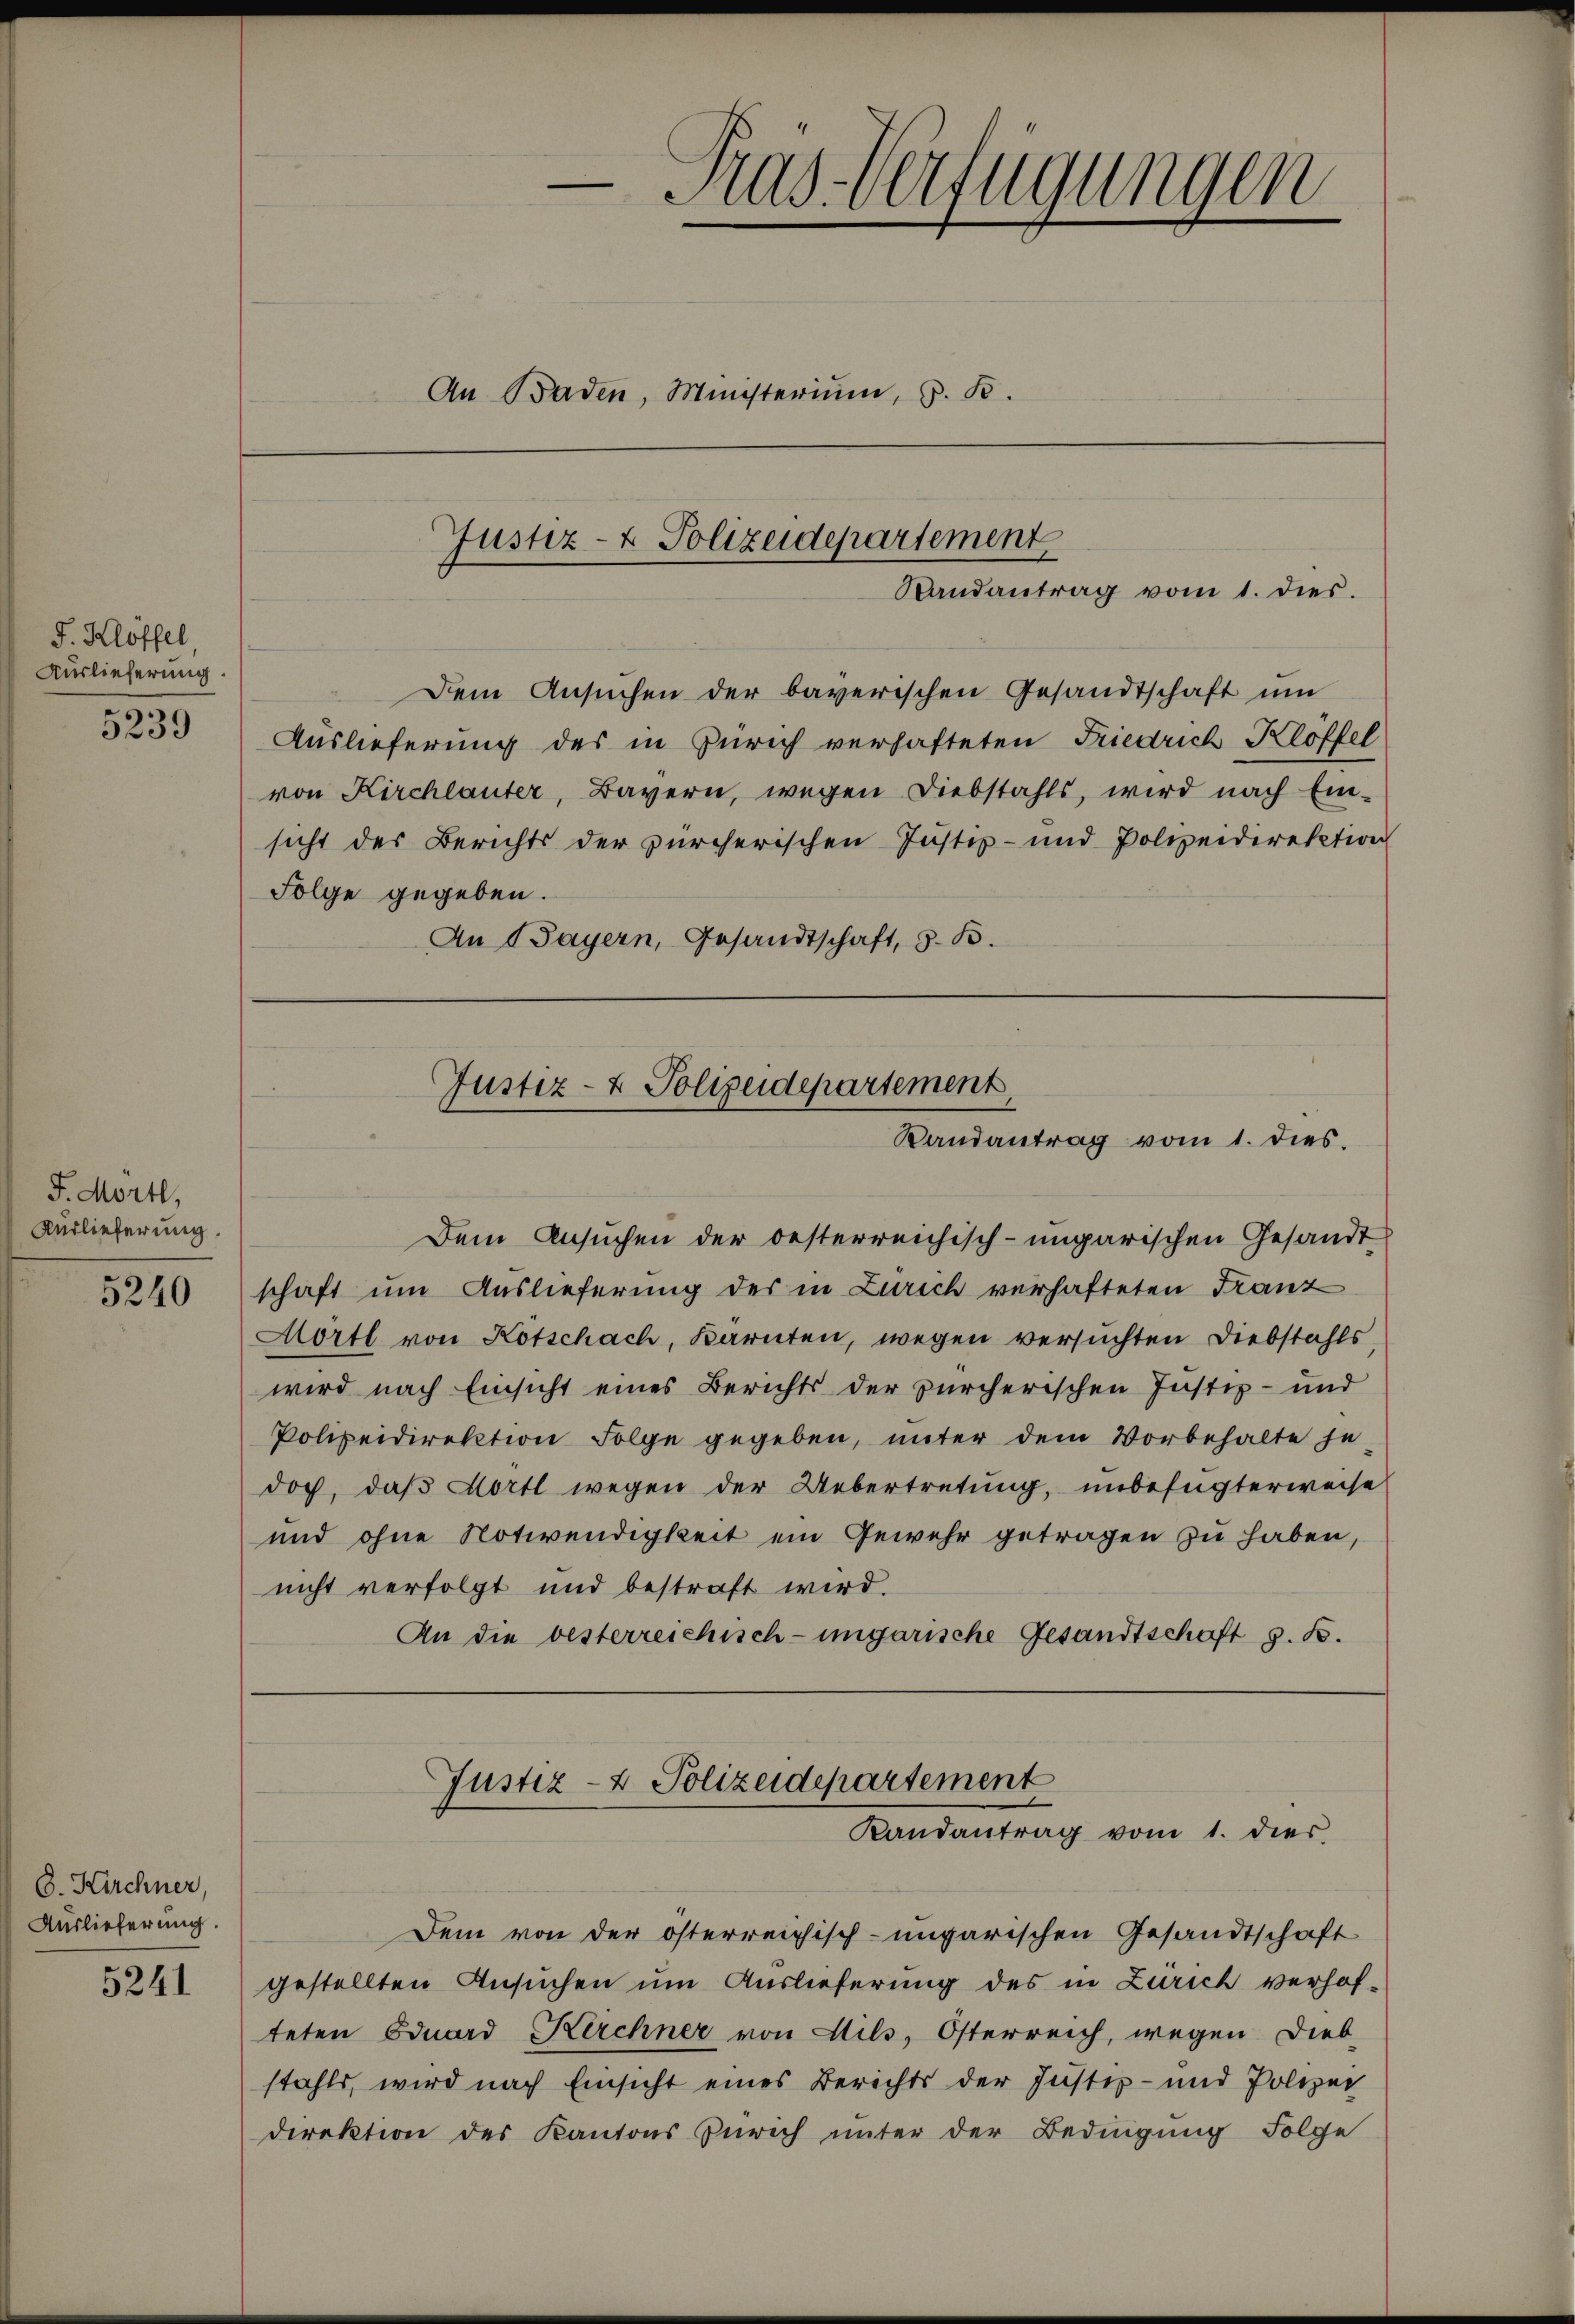
J. Klöffel
Auslieferung.
5239

J. Mortl,
Kurlieferung.

5240

6. Kirchner,
Auslieferung.

5241

-Pras-Verfügungen
An Baden, Ministerium, z. B.

Justiz- & Polizeidepartement
t
Randantrag vom 1. dies.

Dem Ansuchen der baverischen Gesandtschaft um
Auslieferung des in Zürich verhafteten Friedrich Klöffel
von Kirchlauter, Bayern, wegen Diebstahls, wird nach Ein-
sicht des Berichts der zürcherischen Justiz- und Polizeidirektion
Folge gegeben.
An Payern, Gesandtschaft, z. B.

Justiz- & Polizeidepartement
Randantrag vom 1. dies

Dem Ansuchen der oesterreichisch-ungarischen Gesandt
schaft um Auslieferung der in Zürich verhafteten Franz
Mörtl von Kotschach, Karnten, wegen versuchten Diebstahls,
wird nach Einsicht eines Berichts der zürcherischen Justiz- und
Polizeidirektion Folge gegeben, unter dem Vorbehalte je-
doch, daß Hertl wegen der Uebertretung, unbefugterweise
und ohne Notwendigkeit ein Gewehr getragen zu haben,
nicht verfolgt und bestraft wird.
An die besterreichisch-ungarische Gesandtschaft z. B.

Dem von der österreichisch-ungarischen Gesandtschaft
gestellten Ansuchen um Auslieferung des in Zürich verhofteten Eduard Kirchner von Lils, Österreich, wegen Dieb-
stahls, wird nach Einsicht eines Berichts der Justiz- und Polizei
direktion des Kantons Zürich unter der Bedingung Folge

Justiz- & Polizeidepartement
Randantrag vom 1. dies